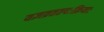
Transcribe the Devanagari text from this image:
यज्ञव्रततपःक्रियाः